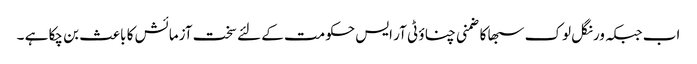
اب جبکہ ورنگل لوک سبھا کا ضمنی چناؤ ٹی آر ایس حکومت کے لئے سخت آزمائش کا باعث بن چکا ہے ۔